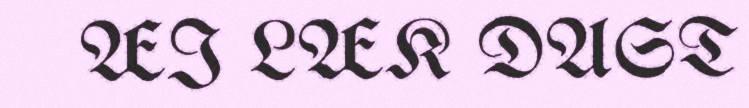
ÆI LÆK DAST